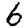
Digit: 6